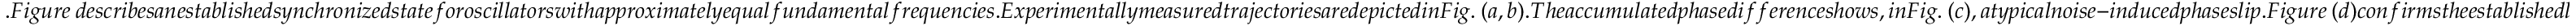
. F i g u r e ~ d e s c r i b e s a n e s t a b l i s h e d s y n c h r o n i z e d s t a t e f o r o s c i l l a t o r s w i t h a p p r o x i m a t e l y e q u a l f u n d a m e n t a l f r e q u e n c i e s . E x p e r i m e n t a l l y m e a s u r e d t r a j e c t o r i e s a r e d e p i c t e d i n F i g . ~ ( a , b ) . T h e a c c u m u l a t e d p h a s e d i f f e r e n c e s h o w s , i n F i g . ~ ( c ) , a t y p i c a l n o i s e - i n d u c e d p h a s e s l i p . F i g u r e ~ ( d ) c o n f i r m s t h e e s t a b l i s h e d l i n e a r r e l a t i o n s h i p b e t w e e n t h e t i m e d e p e n d e n c e o f t h e v a r i a n c e o f t h e a c c u m u l a t e d p h a s e ,